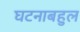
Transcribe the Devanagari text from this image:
घटनाबहुल